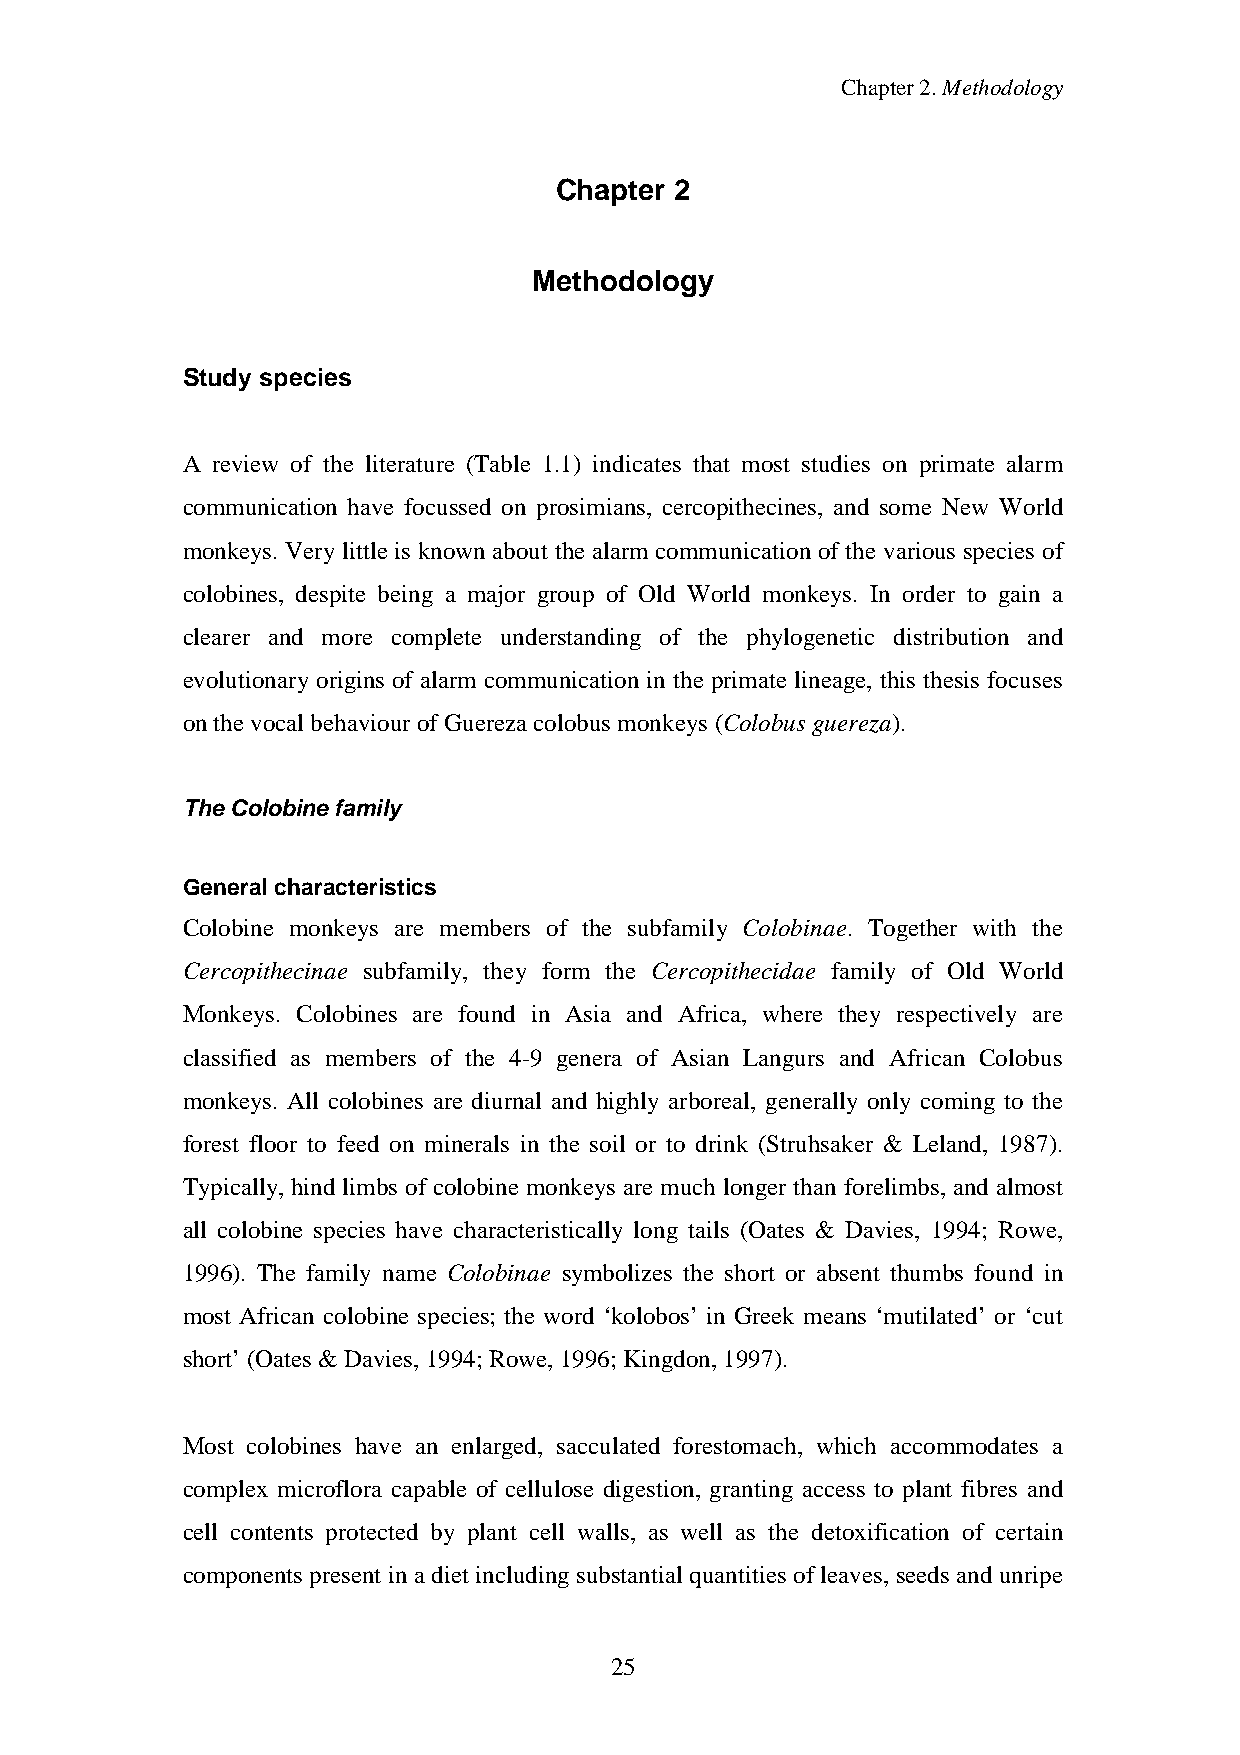
Chapter2.Methodology
 Chapter 2
 Methodology
 Study species
 A review of the literature (Table 1.1) indicates that most studies on primate alarm
 communication have focussed on prosimians, cercopithecines, and some New World
 monkeys. Verylittle is known about the alarm communication of the various species of
 colobines, despite being a major group of Old World monkeys. In order to gain a
 clearer and more complete understanding of the phylogenetic distribution and
 evolutionary origins of alarm communication in the primate lineage, this thesis focuses
 onthevocal behaviourof Guerezacolobus monkeys (Colobus guereza).
 The Colobinefamily
 General characteristics
 Colobine monkeys are members of the subfamily Colobinae. Together with the
 Cercopithecinae subfamily, they form the Cercopithecidae family of Old World
 Monkeys. Colobines are found in Asia and Africa, where they respectively are
 classified as members of the 4-9 genera of Asian Langurs and African Colobus
 monkeys. All colobines are diurnal and highly arboreal, generally only coming to the
 forest floor to feed on minerals in the soil or to drink (Struhsaker & Leland, 1987).
 Typically, hind limbs of colobine monkeys are much longer than forelimbs, and almost
 all colobine species have characteristically long tails (Oates & Davies, 1994; Rowe,
 1996). The family name Colobinae symbolizes the short or absent thumbs found in
 most African colobine species; the word ‘kolobos’ in Greek means ‘mutilated’ or ‘cut
 short’(Oates &Davies, 1994; Rowe,1996; Kingdon,1997).
 Most colobines have an enlarged, sacculated forestomach, which accommodates a
 complex microflora capable of cellulose digestion, granting access to plant fibres and
 cell contents protected by plant cell walls, as well as the detoxification of certain
 components present in adiet includingsubstantial quantities of leaves, seeds and unripe
 25